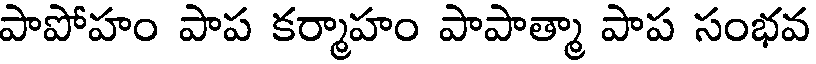
పాపోహం పాప కర్మాహం పాపాత్మా పాప సంభవ